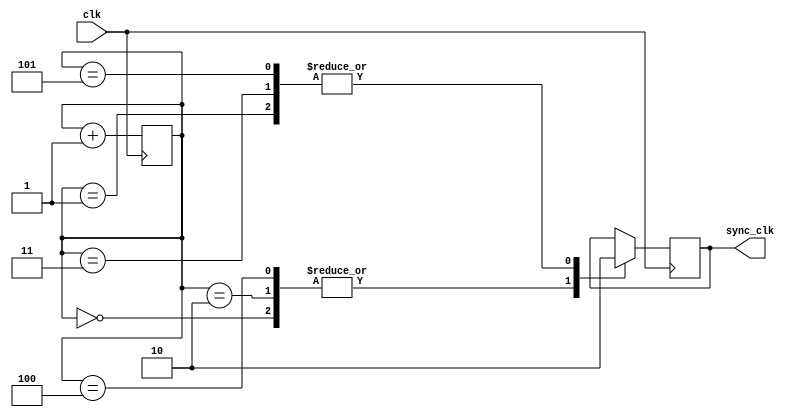
module Johnson_counter_clock_divider (
    input wire clk,
    output reg sync_clk
);

reg [2:0] count = 3'b000;

always @(posedge clk)
begin
    count <= count + 1;

    case (count)
        3'b000: sync_clk <= 1'b1;
        3'b001: sync_clk <= 1'b0;
        3'b010: sync_clk <= 1'b1;
        3'b011: sync_clk <= 1'b0;
        3'b100: sync_clk <= 1'b1;
        3'b101: sync_clk <= 1'b0;
    endcase
end

endmodule